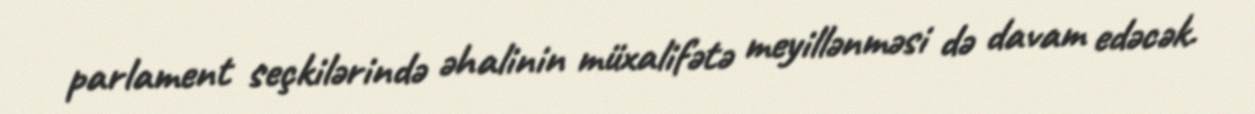
parlament seçkilərində əhalinin müxalifətə meyillənməsi də davam edəcək.